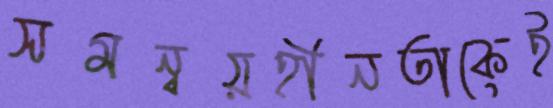
সমন্বয়হীনতাকেই